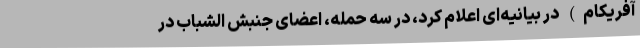
آفریکام) در بیانیه‌ای اعلام کرد، در سه حمله، اعضای جنبش الشباب در